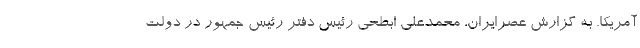
آمریکا. به گزارش عصرایران، محمدعلی ابطحی رئیس دفتر رئیس جمهور در دولت